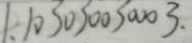
1 、 1 0 3 0 3 0 0 3 0 0 0 3 .